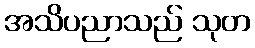
အသိပညာသည် သုတ